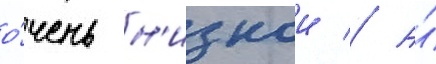
о́чень н'изкои // А́